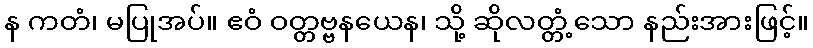
န ကတံ၊ မပြုအပ်။ ဧဝံ ဝတ္တဗ္ဗနယေန၊ သို့ ဆိုလတ္တံ့သော နည်းအားဖြင့်။